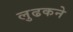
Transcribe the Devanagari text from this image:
लुढकने